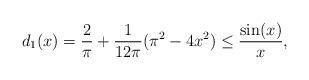
LaTeX: \begin{align*}d_1(x)=\frac{2}{\pi }+\frac{1}{12\pi}(\pi ^2-4 x^2)\leq\frac{\sin(x)}{x}, \end{align*}